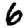
Digit: 6